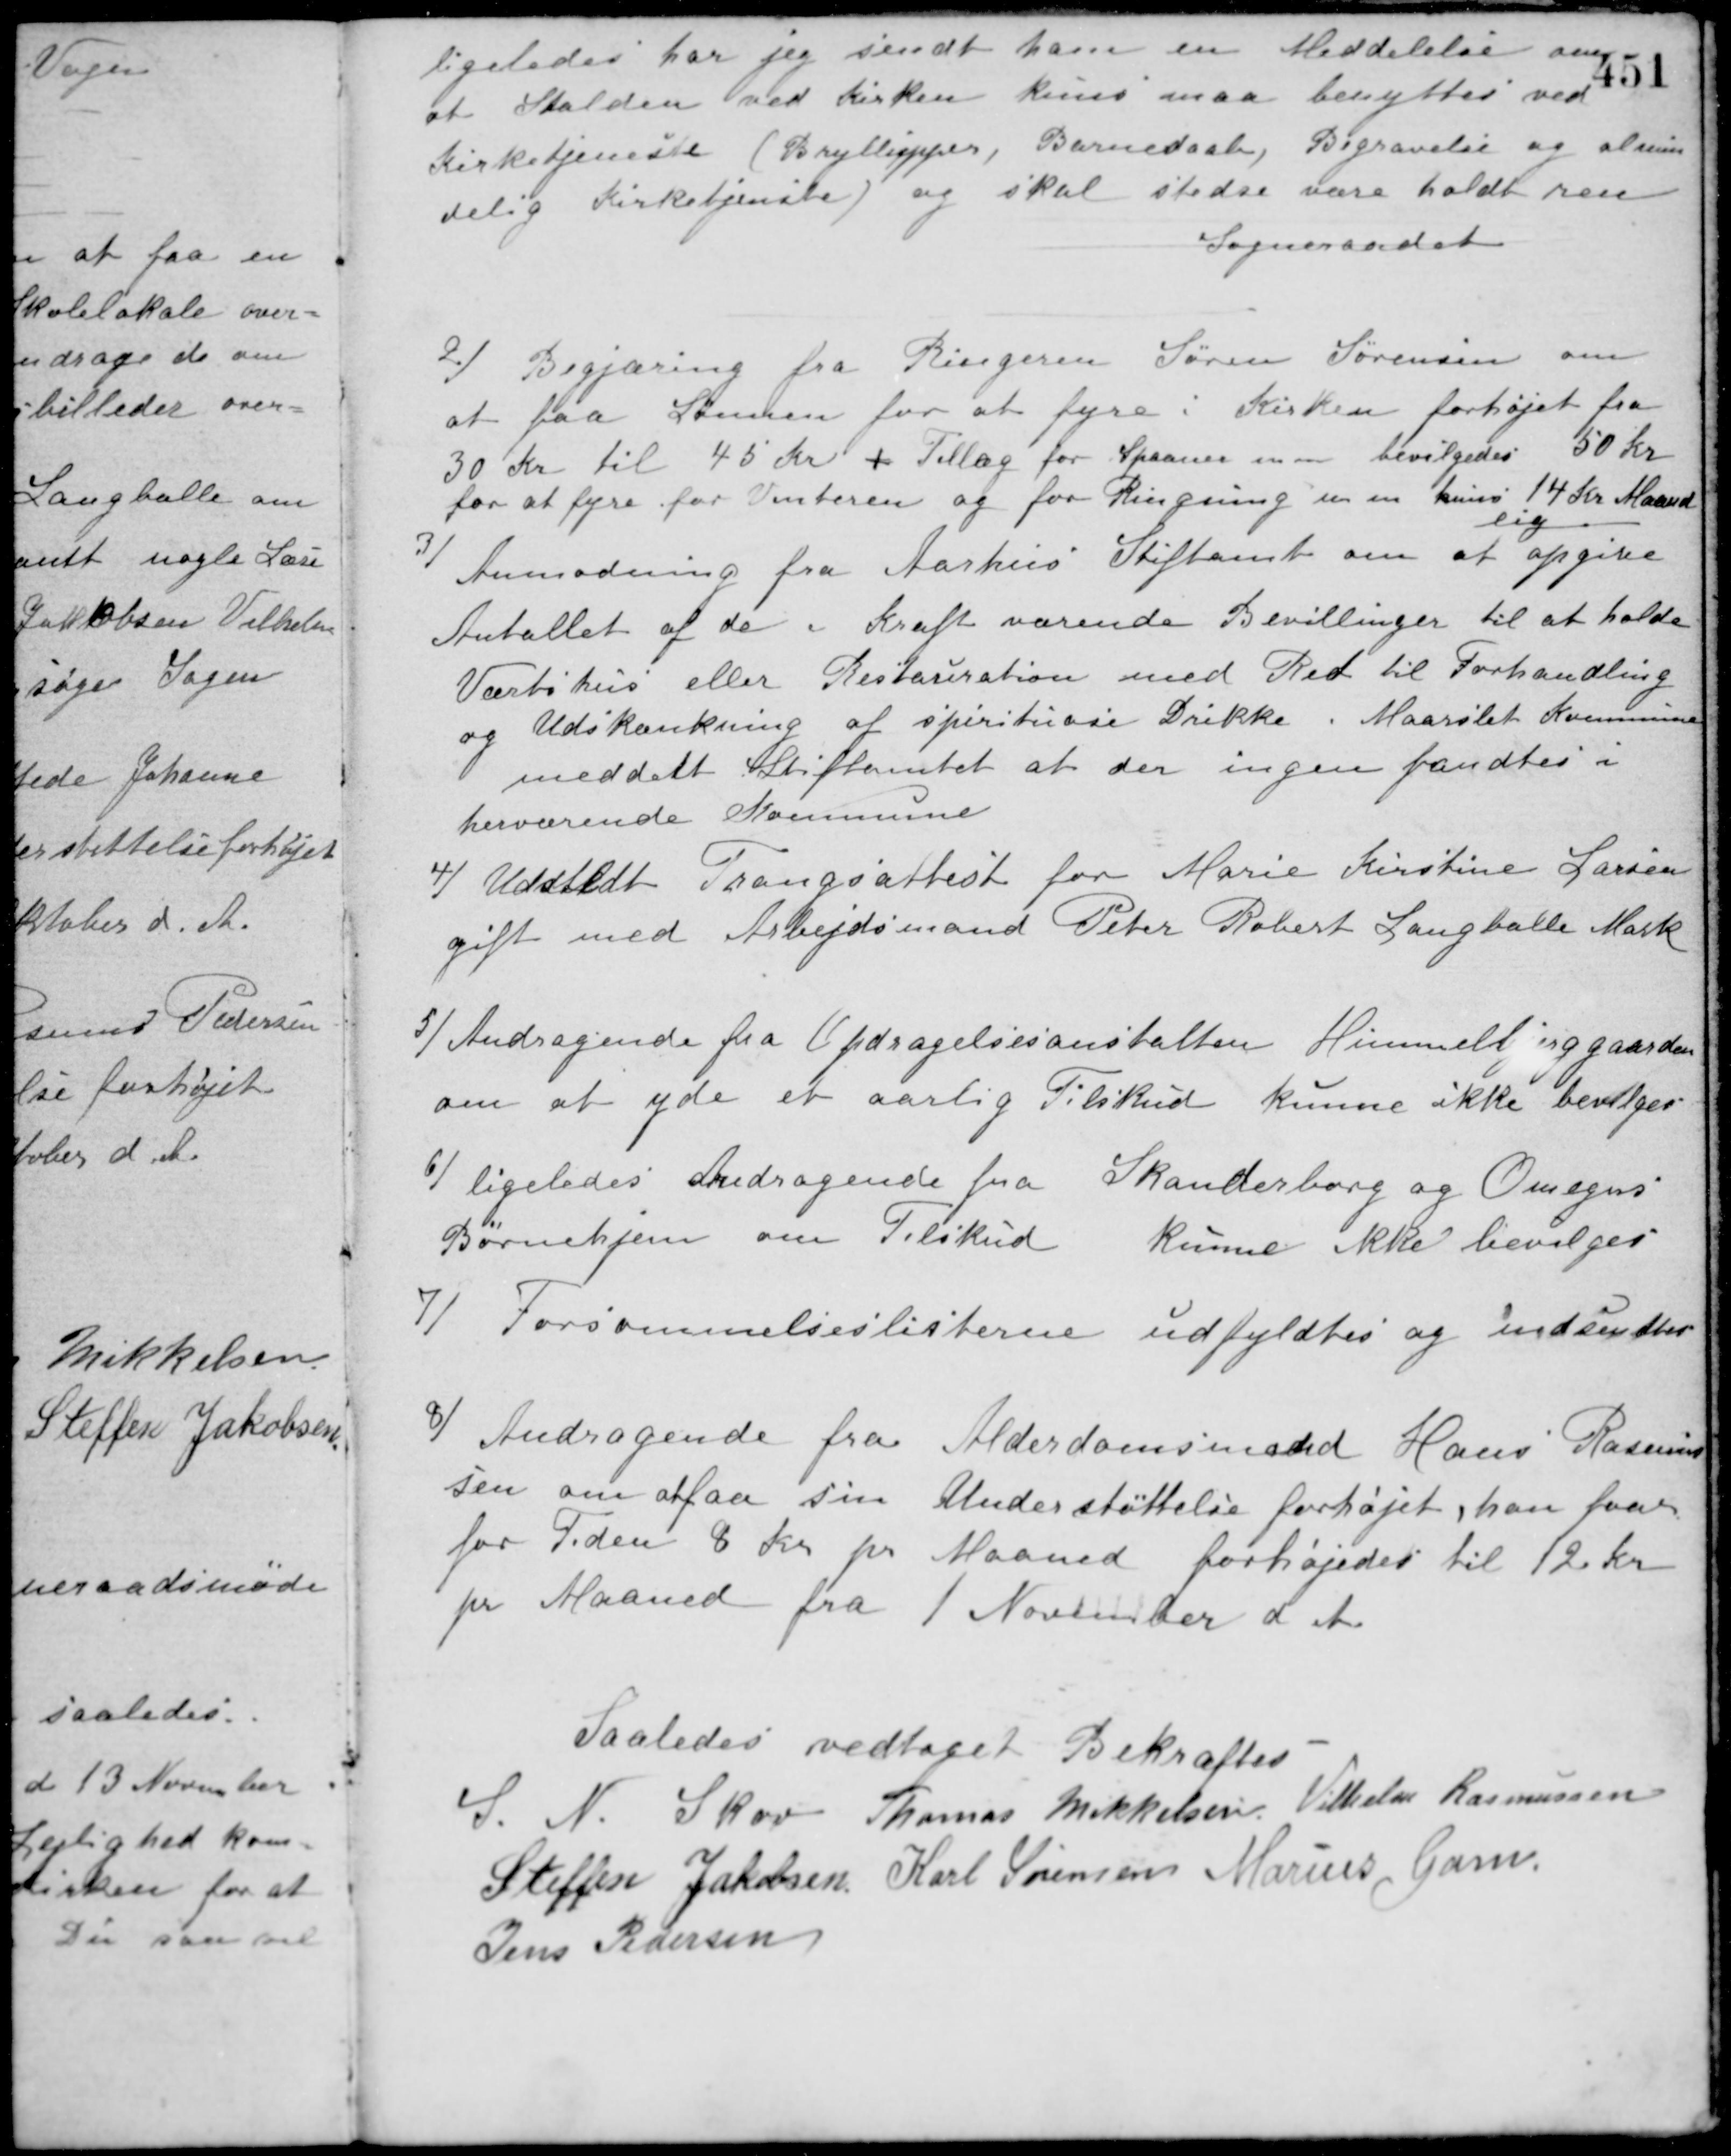
Transskription:
ligeledes har jeg sendt ham en Meddelelse om
at Stalden ved Kirken kuns maa benyttes ved
Kirketjeneste (Bryllupper, Barnedaab, Begravelse og almin-
delig Kirketjenste) og skal stedse være holdt ren.
Sogneraadet
2/ Begjæring fra Ringeren Søren Sørensen om
at faa Lønnen for at fyre i Kirken forhøjet fra
30 Kr. til 45 Kr. + Tillæg for Spaaner m. m. bevilgedes 50 Kr.
for at fyre for Vinteren og for Ringning m. m. kuns 14 Kr. Maaned
sig
3/ Anmodning fra Aarhus Stiftamt om at opgive
Antallet af de i Kraft værende Bevillinger til at holde
Værtshus eller Restauration med Ret til Forhandling
og Udskænkning af spirituøse Drikke i Maarslet Kommune
meddelt Stiftamtet at der ingen fandtes i
herværende Kommune.
4/ Udstedt Trangsattest for Marie Kirstine Larsen
gift med Arbejdsmand Peter Robert Langballe Mark
5/ Andragende fra Opdragelsesanstalten Himmelbjerggaarden
om at yde et aarlig Tilskud kunne ikke bevilges.
6/ ligeledes Andragende fra Skanderborg og Omegns
Børnehjem om Tilskud kunne ikke bevilges.
7/ Forsømmelseslisterne udfyldtes og indsendtes.
8/ Andragende fra Alderdomsmand Hans Rasmus-
sen om at faa sin Understøttelse forhøjet, han faar
for Tiden 8 Kr. pr. Maaned forhøjedes til 12 Kr.
pr. Maaned fra 1 November d. A.
Saaledes vedtaget Bekræftes
S. N. Skov Thomas Mikkelsen Vilhelm Rasmussen
Steffen Jakobsen Karl Sørensen Marius Gam
Jens Pedersen